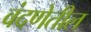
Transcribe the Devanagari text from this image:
वंदणेतील